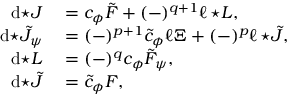
\begin{array} { r l } { \mathrm { d } { \star J } } & { { } = c _ { \phi } \tilde { F } + ( - ) ^ { q + 1 } \ell \, { \star L } , } \\ { \mathrm { d } { \star \tilde { J } _ { \psi } } } & { { } = ( - ) ^ { p + 1 } \tilde { c } _ { \phi } \ell \Xi + ( - ) ^ { p } \ell \, { \star \tilde { J } } , } \\ { \mathrm { d } { \star L } } & { { } = ( - ) ^ { q } c _ { \phi } \tilde { F } _ { \psi } , } \\ { \mathrm { d } { \star \tilde { J } } } & { { } = \tilde { c } _ { \phi } F , } \end{array}